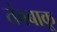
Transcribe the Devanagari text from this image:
तंबबाकू